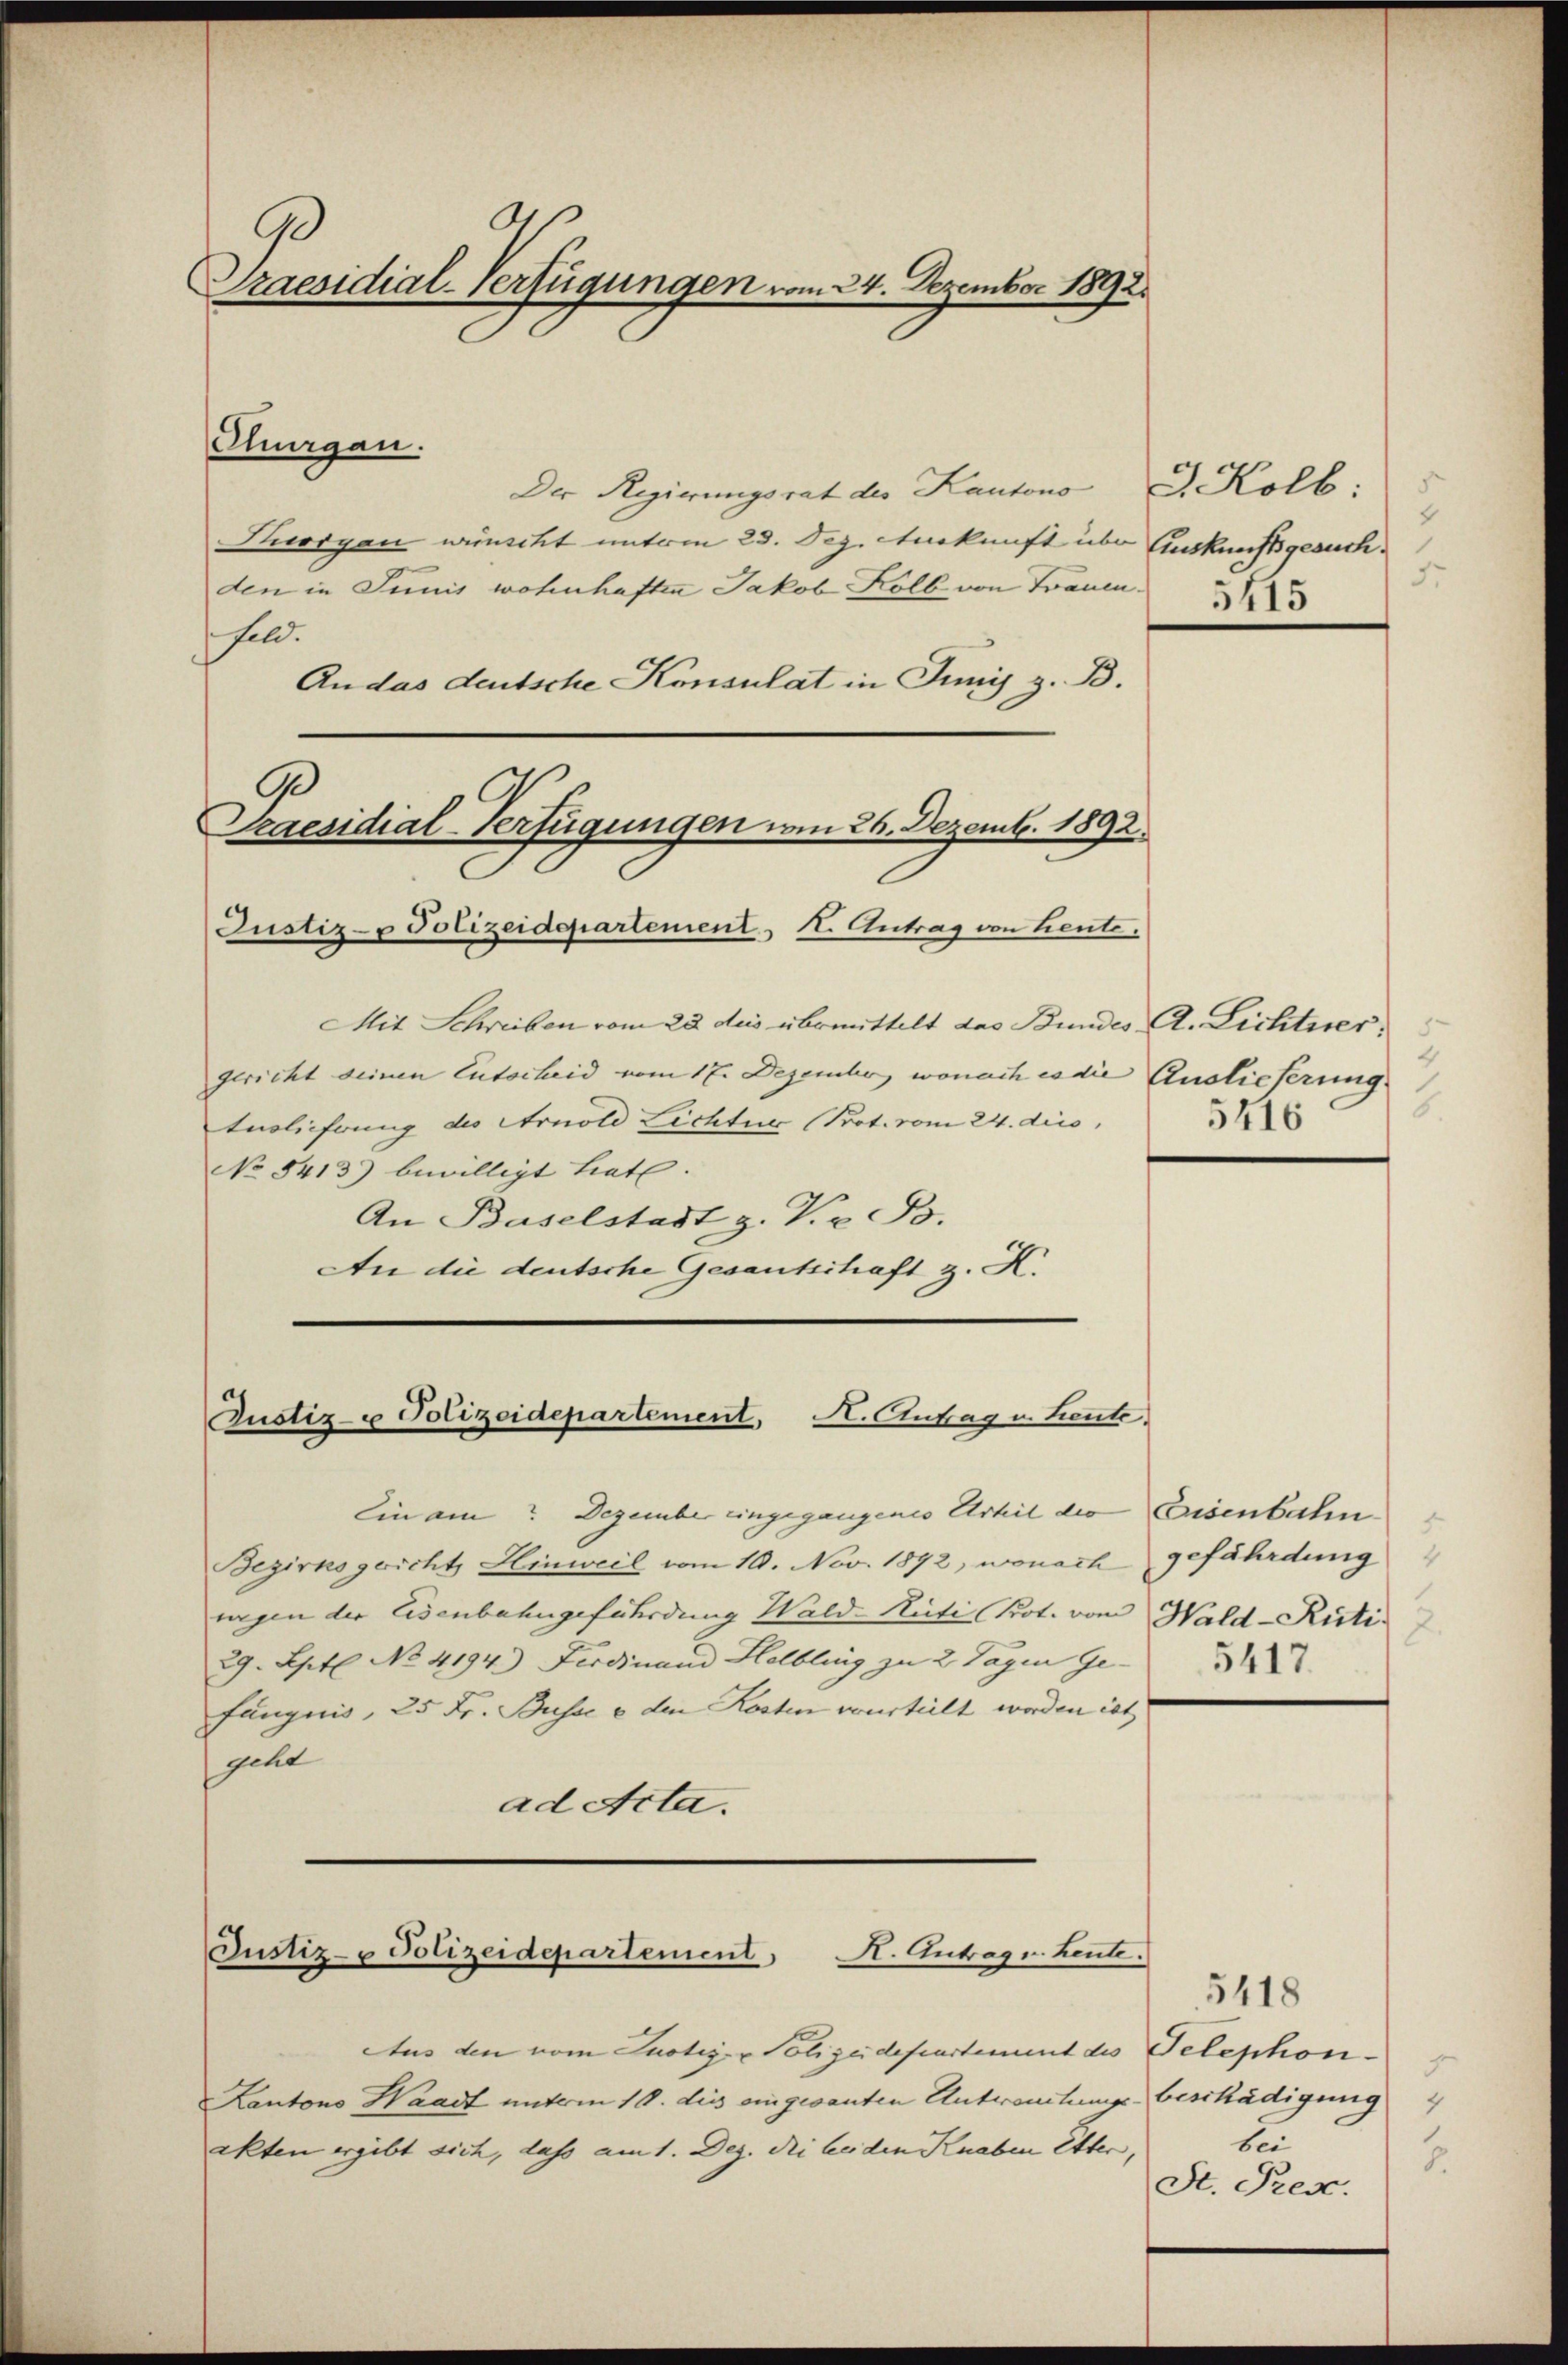
Praesidial-Verfügungen vom 24. Dezember 1892.

Curgau.
Der Regierungsrat des Kantons J. Kolb:
Korgan wünscht unterm 23. Dez. Auskunft über Auskunftsgesuchden in Junis wohnhaften Jakob Kolb von Frauen
feld.
An das deutsche Konsulat in Junis z. B.

9
Praesidial-Verfügungen am 26. Dezemb. 1892

Justiz- & Polizeidepartement, I. Antrag von heute.
Mit Schreiben vom 22 des übermittelt das Bundes A. Lichtsergericht seinen Entscheid vom 17. Dezember, wonach es die Auslieferung
Auslieferung des Arnold Lichtur (Prot. vom 24. dies
No 8413) bewilligt hat.
An Baselstadt z. V. z. B.
An die deutsche Gesantschaft z. K.

Justiz- u Polizeidepartement. A. Antrag u. Leute.

Bezirksgericht, Hinweil vom 10. Nov. 1892, wonach gefährdung
uegen der Eisenbahngefährdung Wald-Nicti Prot. vom Wald-Ristis
29. Sept No. 4194.) Ferdinand Helbling zu 2 Tagen Ge-
fängnis, 25 Fr. Busse e den Kosten vourteilt worden ist,
gelt
ad Acta.

Aus den vom Justiz & Polizeidepartement des Telephon¬
Kantons Waadt unterm 10. dies eingesanten Antwortungs-Beschädigung
akten ergibt sich, dass am 1. Dez. die beiden Knaben Etter

Ein am Dezember eingegangenes Arhil der Eisenbahn

Justiz- & Polizeidepartement H. Antrage heute.

2
5.

5417.

2.
5416

5418
J
bei
2.
St. Pres.